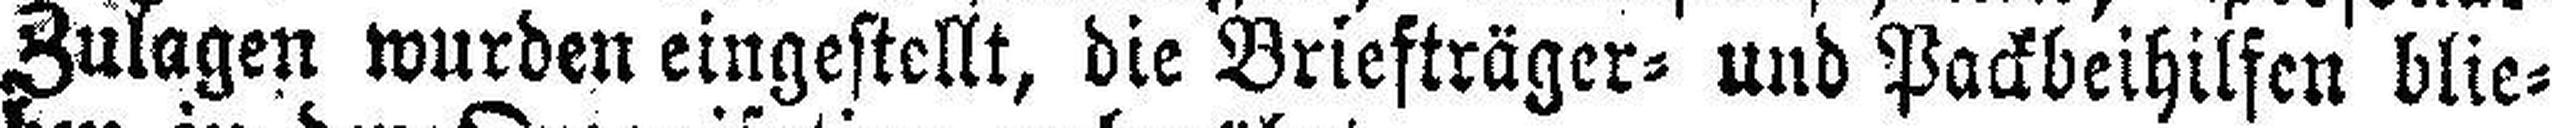
Zulagen wurden eingestellt, die Briefträger= und Packbeihilfen blie¬